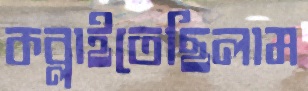
কব্‌লাইতেছিলাম